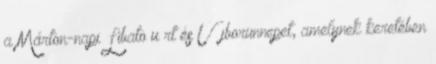
a Márton-napi Libato u rt és Újborünnepet, amelynek keretében